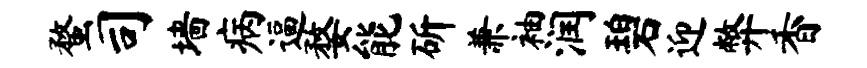
蝥司墙病逼婺能斫兼袖润碧迎弊香